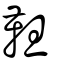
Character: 靼